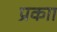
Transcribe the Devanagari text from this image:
प्रकाा